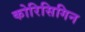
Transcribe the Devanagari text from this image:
कोरिसिगिन